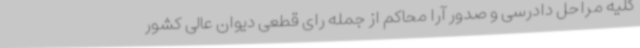
کلیه مراحل دادرسی و صدور آرا محاکم از جمله رای قطعی دیوان عالی کشور